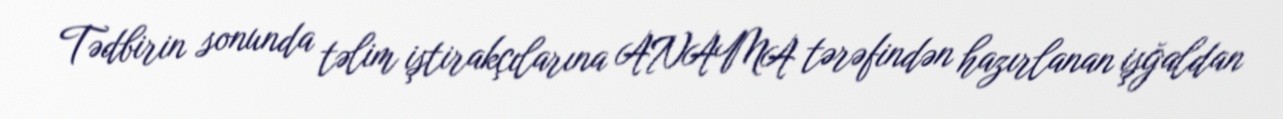
Tədbirin sonunda təlim iştirakçılarına ANAMA tərəfindən hazırlanan işğaldan